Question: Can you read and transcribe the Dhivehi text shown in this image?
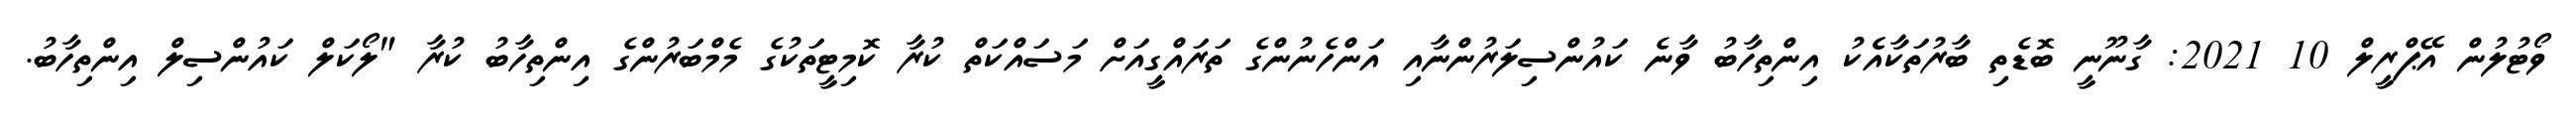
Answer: ވޯޓުލުން އޭޕްރީލް 10 2021: ގާނޫނީ ބޮޑެތި ބާރުތަކާއެެކު އިންތިހާބު ވާނެ ކައުންސިލަރުންނާއި އަންހެނުންގެ ތަރައްގީއަށް މަސައްކަތް ކުރާ ކޮމިޓީތަކުގެ މެމްބަރުންގެ އިންތިހާބު ކުރާ "ލޯކަލް ކައުންސިލް އިންތިހާބު.